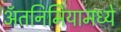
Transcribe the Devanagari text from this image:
ॲतनिमियामध्ये